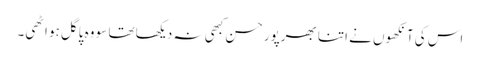
اس کی آنکھوں نے اتنا بھرپور حسن کبھی نہ دیکھا تھا سو وہ پاگل ہو اٹھی۔